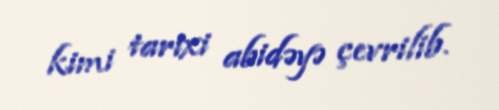
kimi tarixi abidəyə çevrilib.